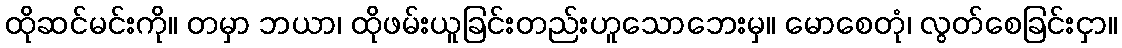
ထိုဆင်မင်းကို။ တမှာ ဘယာ၊ ထိုဖမ်းယူခြင်းတည်းဟူသောဘေးမှ။ မောစေတုံ၊ လွတ်စေခြင်းငှာ။